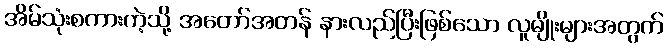
အိမ်သုံးစကားကဲ့သို့ အတော်အတန် နားလည်ပြီးဖြစ်သော လူမျိုးများအတွက်